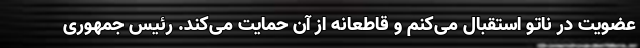
عضویت در ناتو استقبال می‌کنم و قاطعانه از آن حمایت می‌کند. رئیس جمهوری